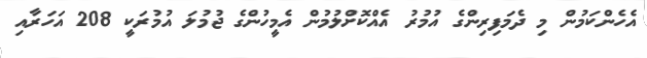
އެހެންކަމުން މި ދެމަފިރިންގެ އުމުރު އެއްކޮށްލުމުން އެމީހުންގެ ޖުމުލަ އުމުރަކީ 208 އަހަރާއި